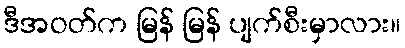
ဒီအဝတ်က မြန် မြန် ပျက်စီးမှာလား။